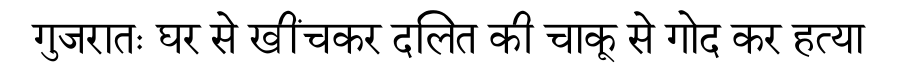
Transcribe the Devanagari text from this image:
गुजरातः घर से खींचकर दलित की चाकू से गोद कर हत्या